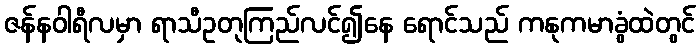
ဇန်နဝါရီလမှာ ရာသီဥတုကြည်လင်၍နေ ရောင်သည် ကနုကမာခွံထဲတွင်